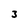
Character: 3